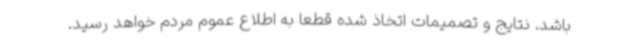
باشد. نتایج و تصمیمات اتخاذ شده قطعا به اطلاع عموم مردم خواهد رسید.